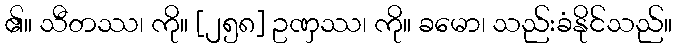
၏။ သီတဿ၊ ကို။ [၂၅၈] ဥဏှဿ၊ ကို။ ခမော၊ သည်းခံနိုင်သည်။